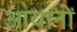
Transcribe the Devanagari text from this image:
आयानों